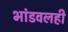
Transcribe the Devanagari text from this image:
भांडवलही